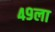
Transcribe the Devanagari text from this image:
४९ला